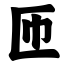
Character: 匝